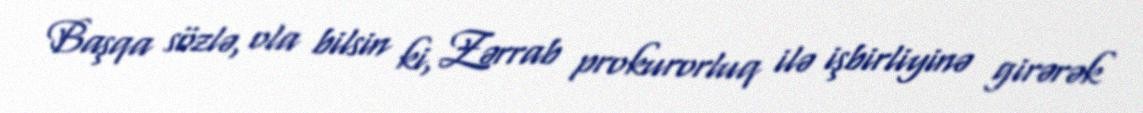
Başqa sözlə, ola bilsin ki, Zərrab prokurorluq ilə işbirliyinə girərək